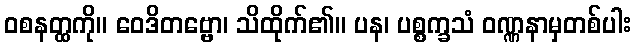
ဝစနတ္ထကို။ ဝေဒိတဗ္ဗော၊ သိထိုက်၏။ ပန၊ ပစ္စက္ခသံ ဝဏ္ဏနာမှတစ်ပါး